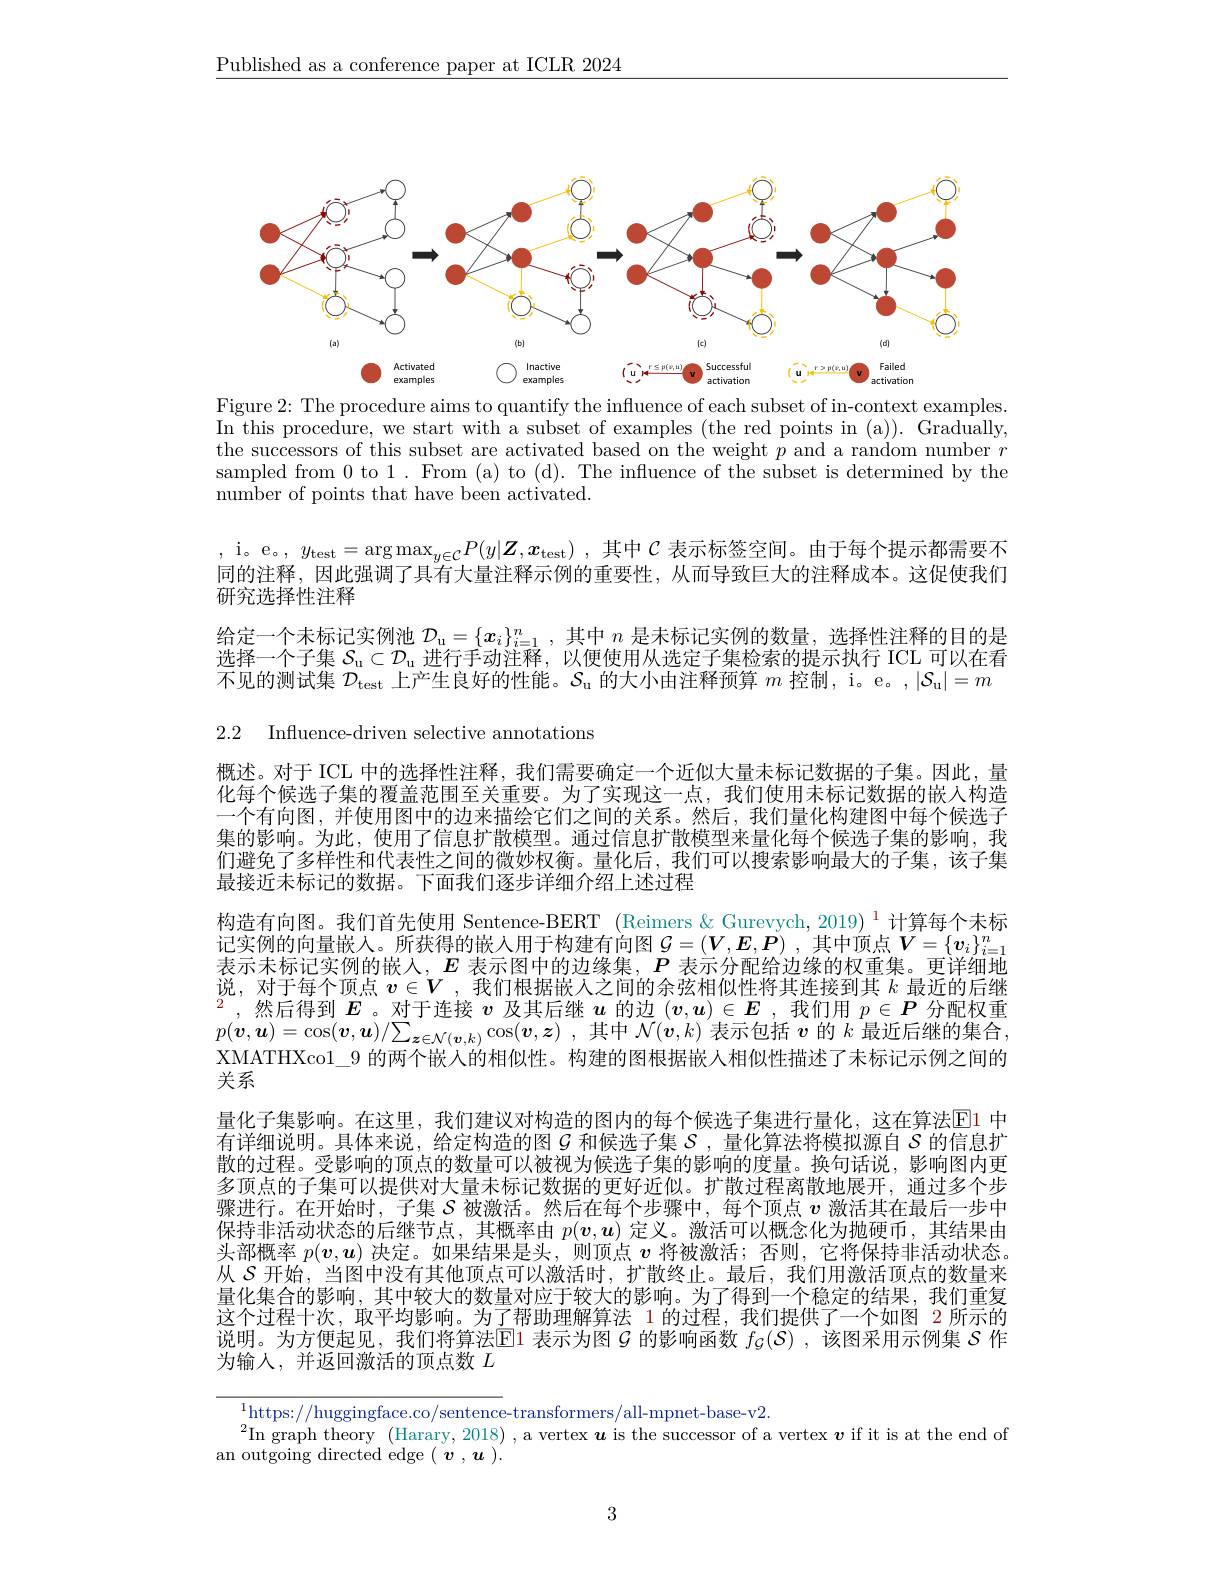
$\underline{\text{Published as a conference paper at ICLR 2024}}$

<FigureHere>
Figure 2: The procedure aims to quantify the influence of each subset of in-context examples.

In this procedure, we start with a subset of examples (the red points in (a)). Gradually, $\dot{\text{the successors of this subset are activated based on the weight }p}$and a random number $r$ sampled from 0 to 1. From (a) to (d). The influence of the subset is determined by the number of points that have been activated.

, i。e。, $y_\mathrm{test}=\arg\max_{y\in\mathcal{C}}P(y|\boldsymbol{Z},\boldsymbol{x}_\mathrm{test})$ ,其中$\mathcal{C}$表示标签空间。由于每个提示都需要不同的注释，因此强调了具有大量注释示例的重要性，从而导致巨大的注释成本。这促使我们研究选择性注释
给定一个未标记实例池$\mathcal{D}_\mathrm{u}=\{x_i\}_{i=1}^n$,其中$n$是未标记实例的数量，选择性注释的目的是选择一个子集$\mathcal{S}_\mathrm{u}\subset\mathcal{D}_\mathrm{u}$进行手动注释，以便使用从选定子集检索的提示执行 ICL 可以在看不见的测试集$\mathcal{D}_\mathrm{test}$上产生良好的性能。$\mathcal{S}_\mathrm{u}$的大小由注释预算$m$控制，i。e。,$|\mathcal{S}_\mathrm{u}|=m$

2.2 Influence-driven selective annotations

概述。对于 ICL 中的选择性注释，我们需要确定一个近似大量未标记数据的子集。因此，量化每个候选子集的覆盖范围至关重要。为了实现这一点，我们使用未标记数据的嵌入构造一个有向图，并使用图中的边来描绘它们之间的关系。然后，我们量化构建图中每个候选子集的影响。为此，使用了信息扩散模型。通过信息扩散模型来量化每个候选子集的影响，我们避免了多样性和代表性之间的微妙权衡。量化后，我们可以搜索影响最大的子集，该子集最接近未标记的数据。下面我们逐步详细介绍上述过程
构造有向图。我们首先使用 Sentence-BERT (Reimers &Gurevych, 2019) $^1$计算每个未标记 实 例 的 向 量 嵌 入 。所 获 得 的 嵌 入 用 于 构 建 有 向 图 $\mathcal{G} = ( \boldsymbol{V}, \boldsymbol{E}, \boldsymbol{P})$ , 其 中 顶 点 $\boldsymbol{V}= \{ \boldsymbol{v}_i\} _{i= 1}^n$ 式 一 十 七 六 字 例 的 出 $\mathbf{F}$ 未 一 两 中 的 边 径 年 $\mathbf{D}$ = 主 一 八 面 以 为 始 的 切 手 集 西 洋 侧 地表示未标记实例的嵌入，$E$表示图中的边缘集，$P$表示分配给边缘的权重集。更详细地说，对于每个顶点$v\in V$ ,我们根据嵌人之间的余弦相似性将其连接到其$k$最近的后继$^2$,然后得到$\boldsymbol{E}$ 。对于连接$\boldsymbol v$及其后继$\boldsymbol u$的边$(\boldsymbol{v},\boldsymbol{u})\in\boldsymbol{E}$ ,我们用$p\in\boldsymbol{P}$分配权重$p( \boldsymbol{v}, \boldsymbol{u}) = \cos ( \boldsymbol{v}, \boldsymbol{u}) / \sum _{\boldsymbol{z}\in \mathcal{N} ( \boldsymbol{v}, k) }\cos ( \boldsymbol{v}, \boldsymbol{z})$ ,其中$\mathcal{N}(\boldsymbol{v},k)$表示包括$\boldsymbol v$的$k$最近后继的集合， XMATHXco1\_9 的两个嵌入的相似性。构建的图根据嵌人相似性描述了未标记示例之间的关系
量化子集影响。在这里，我们建议对构造的图内的每个候选子集进行量化，这在算法$\color{red}{\mathrm{E}}\color{red}{\mathrm{E}}\color{red}{\mathrm{E}}\color{red}{\mathrm{E}}\color{red}{\mathrm{E}}\color{red}{\mathrm{E}}\color{red}{\mathrm{E}}\color{red}{\mathrm{E}}\color{red}{\mathrm{E}}\color{red}{\operatorname*{E}}\color{red}{\mathrm{E}}\color{red}{\mathrm{E}}\color{red}{\mathrm{E}}\color{red}{\mathrm{E}}\color{red}{\mathrm{E}}\color{red}{\mathrm{E}}\color{red}{\mathrm{E}}\color{red}{\mathrm{E}}\color{re}{\mathrm{E}}\color{red}{}$ 有详细说明。具体来说，给定构造的图$G$和候选子集$\mathcal{S}$ ,量化算法将模拟源自$\mathcal{S}$的信息扩散的过程。受影响的顶点的数量可以被视为候选子集的影响的度量。换句话说，影响图内更多顶点的子集可以提供对大量未标记数据的更好近似。扩散过程离散地展开，通过多个步骤进行。在开始时，子集$S$被激活。然后在每个步骤中，每个顶点$v$激活其在最后一步中保持非活动状态的后继节点，其概率由$p(\boldsymbol{v},\boldsymbol{u})$定义。激活可以概念化为抛硬币，其结果由头部概率$p(\boldsymbol{v},\boldsymbol{u})$决定。如果结果是头，则顶点$\boldsymbol{v}$将被激活；否则，它将保持非活动状态从$S$ 开始，当图中没有其他顶点可以激活时，扩散终止。最后，我们用激活顶点的数量来量化集合的影响，其中较大的数量对应于较大的影响。为了得到一个稳定的结果，我们重复这个过程十次，取平均影响。为了帮助理解算法 1 的过程，我们提供了一个如图 2 所示的说明。为方便起见，我们将算法$\operatorname{E}$1 表示为图$\mathcal{G}$的影响函数$f_\mathcal{G}(\mathcal{S})$ ,该图采用示例集$\mathcal{S}$作为输入，并返回激活的顶点数$L$

$^{1}$https://huggingface.co/sentence-transformers/all-mpnet-base-v2.
$^2$In graph theory (Harary, 2018) , a vertex $u$ is the successor of a vertex $v$ if it is at the end of
an outgoing directed edge $( \textbf{v}, \boldsymbol{u}) .$

3